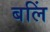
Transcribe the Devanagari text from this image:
बलिं